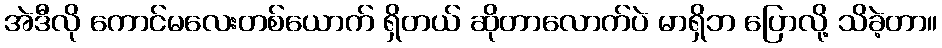
အဲဒီလို ကောင်မလေးတစ်ယောက် ရှိတယ် ဆိုတာလောက်ပဲ မာရှိဘ ပြောလို့ သိခဲ့တာ။